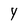
Character: y